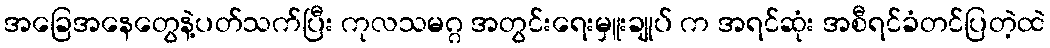
အခြေအနေတွေနဲ့ပတ်သက်ပြီး ကုလသမဂ္ဂ အတွင်းရေးမှူးချုပ် က အရင်ဆုံး အစီရင်ခံတင်ပြတဲ့ထဲ